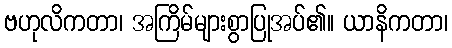
ဗဟုလိကတာ၊ အကြိမ်များစွာပြုအပ်၏။ ယာနိကတာ၊